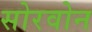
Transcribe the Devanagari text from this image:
सोरवोन